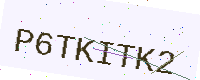
Text: P6TKITK2